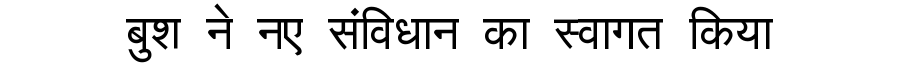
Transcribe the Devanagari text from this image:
बुश ने नए संविधान का स्वागत किया